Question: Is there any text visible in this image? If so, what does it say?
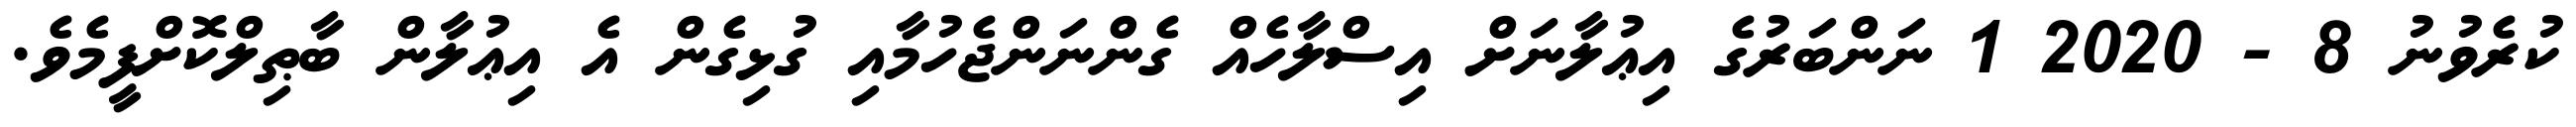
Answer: ކުރެވުނު 8 - 2020 1 ނަންބަރުގެ އިޢުލާނަށް އިސްލާހެއް ގެންނަންޖެހުމާއި ގުޅިގެން އެ އިޢުލާން ބާޠިލްކޮށްފީމެވެ.